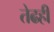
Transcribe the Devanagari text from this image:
तेढही